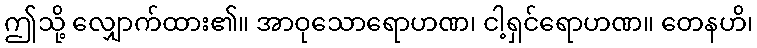
ဤသို့ လျှောက်ထား၏။ အာဝုသောရောဟဏ၊ ငါ့ရှင်ရောဟဏ။ တေနဟိ၊